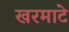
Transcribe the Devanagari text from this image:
खरमाटे